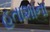
હતાશાના